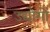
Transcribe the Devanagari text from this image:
उद्योगोंं